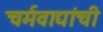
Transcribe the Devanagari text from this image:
चर्मवाद्यांची